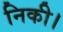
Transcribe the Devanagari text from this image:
निकी।